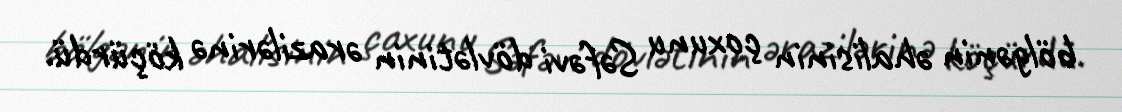
bölgənin əhalisinin çoxunu Səfəvi dövlətinin ərazilərinə köçürdü.